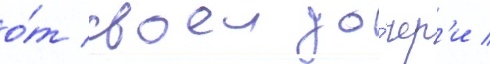
о́т своеи до́чер'и /